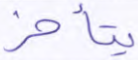
يتأخر